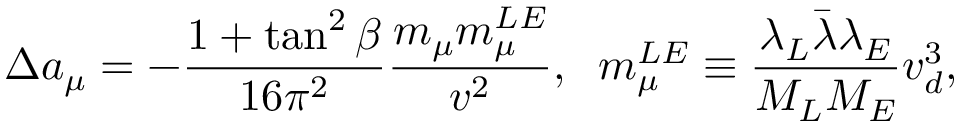
\Delta a _ { \mu } = - \frac { 1 + \tan ^ { 2 } \beta } { 1 6 \pi ^ { 2 } } \frac { m _ { \mu } m _ { \mu } ^ { L E } } { v ^ { 2 } } , \; \; m _ { \mu } ^ { L E } \equiv \frac { \lambda _ { L } \bar { \lambda } \lambda _ { E } } { M _ { L } M _ { E } } v _ { d } ^ { 3 } ,